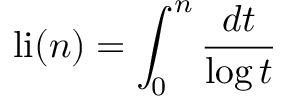
\operatorname { l i } ( n ) = \int _ { 0 } ^ { n } { \frac { d t } { \log t } }